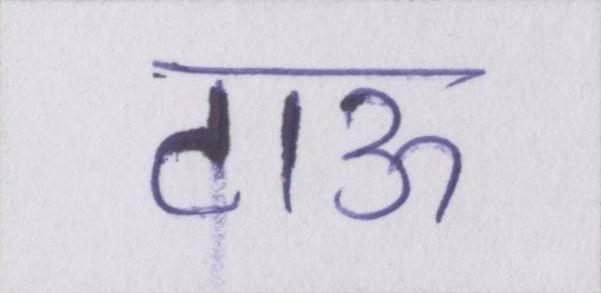
टाऊ